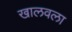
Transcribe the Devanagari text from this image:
खालवला